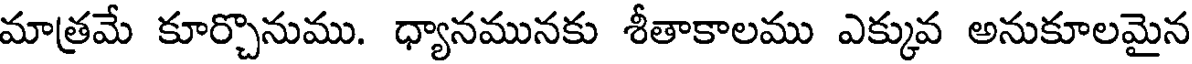
మాత్రమే కూర్చొనుము. ధ్యానమునకు శీతాకాలము ఎక్కువ అనుకూలమైన